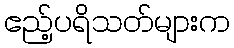
ဧည့်ပရိသတ်များက